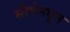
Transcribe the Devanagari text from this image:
सीमेमधून